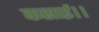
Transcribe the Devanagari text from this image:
कसाई।।